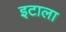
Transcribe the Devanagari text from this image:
इटाला